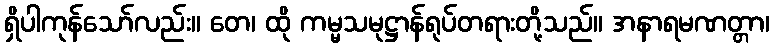
ရှိပါကုန်သော်လည်း။ တေ၊ ထို ကမ္မသမုဋ္ဌာန်ရုပ်တရားတို့သည်။ အနာရမဏတ္တာ၊